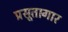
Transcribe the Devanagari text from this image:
प्रसूतागार